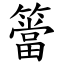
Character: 簹